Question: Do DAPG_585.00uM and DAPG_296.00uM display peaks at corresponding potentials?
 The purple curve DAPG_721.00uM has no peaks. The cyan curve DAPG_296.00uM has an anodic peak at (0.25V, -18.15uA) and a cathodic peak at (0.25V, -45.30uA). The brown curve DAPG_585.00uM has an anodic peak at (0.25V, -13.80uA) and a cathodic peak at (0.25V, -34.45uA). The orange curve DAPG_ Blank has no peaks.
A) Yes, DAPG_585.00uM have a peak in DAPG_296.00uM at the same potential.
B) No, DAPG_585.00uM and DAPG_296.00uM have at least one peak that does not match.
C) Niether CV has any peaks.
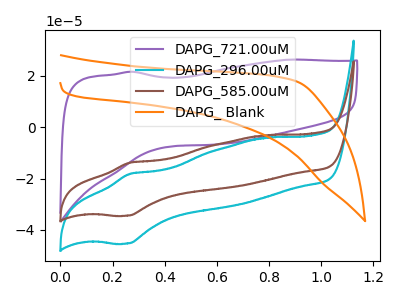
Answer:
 <answer>A) Yes, "DAPG_585.00uM" have a peak in "DAPG_296.00uM" at the same potential.</answer>
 <eval>A</eval>